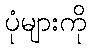
ပုံများကို